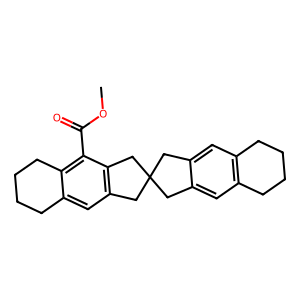
SMILES: COC(=O)c1c2c(cc3c1CC1(Cc4cc5c(cc4C1)CCCC5)C3)CCCC2
Inhibits HIV replication: No